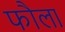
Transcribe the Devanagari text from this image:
फौला